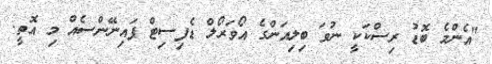
"އެންމެ ބޮޑު ރިސްކަކީ ނުވަ ބިލިއަންގެ އޯވަރޯލް ޑެފިސިޓް ފައިނޭންސެއް މި އޮތީ.